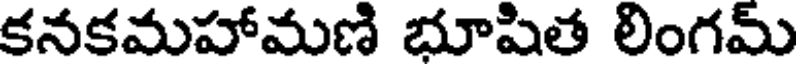
కనకమహామణి భూషిత లింగమ్